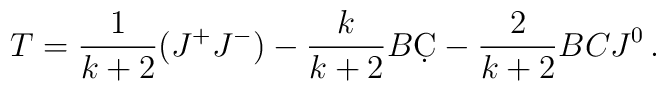
T=\frac{1}{k+2}(J^+J^-)-\frac{k}{k+2}B\d C-\frac{2}{k+2}BCJ^0\,.